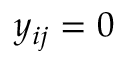
y _ { i j } = 0